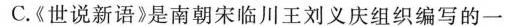
C.《世说新语》是南朝宋临川王刘义庆组织编写的一